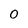
Character: 0